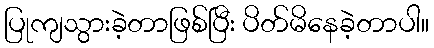
ပြုကျသွားခဲ့တာဖြစ်ပြီး ပိတ်မိနေခဲ့တာပါ။